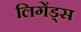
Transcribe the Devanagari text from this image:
लिगेंड्स